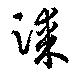
漆